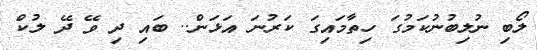
ލޯބި ނުލިބުނުކަމުގަ ހިތާމައިގަ ކަރުނަ އަޅަން.. ބައި ދި ވޭ ދޭ ލުކް